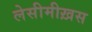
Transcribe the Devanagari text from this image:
लेसीमीख़स